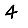
Digit: 4